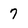
Character: 7